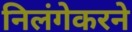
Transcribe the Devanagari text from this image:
निलंगेकरने